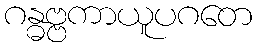
ဂန္ဓဗ္ဗကာယူပဂတေ